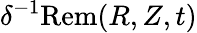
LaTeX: \delta^{-1}\mathrm{Rem}(R,Z,t)